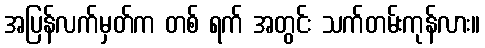
အပြန်လက်မှတ်က တစ် ရက် အတွင်း သက်တမ်းကုန်လား။